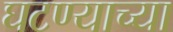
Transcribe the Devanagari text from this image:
घटण्याच्या